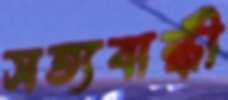
সত্যবান্ধী